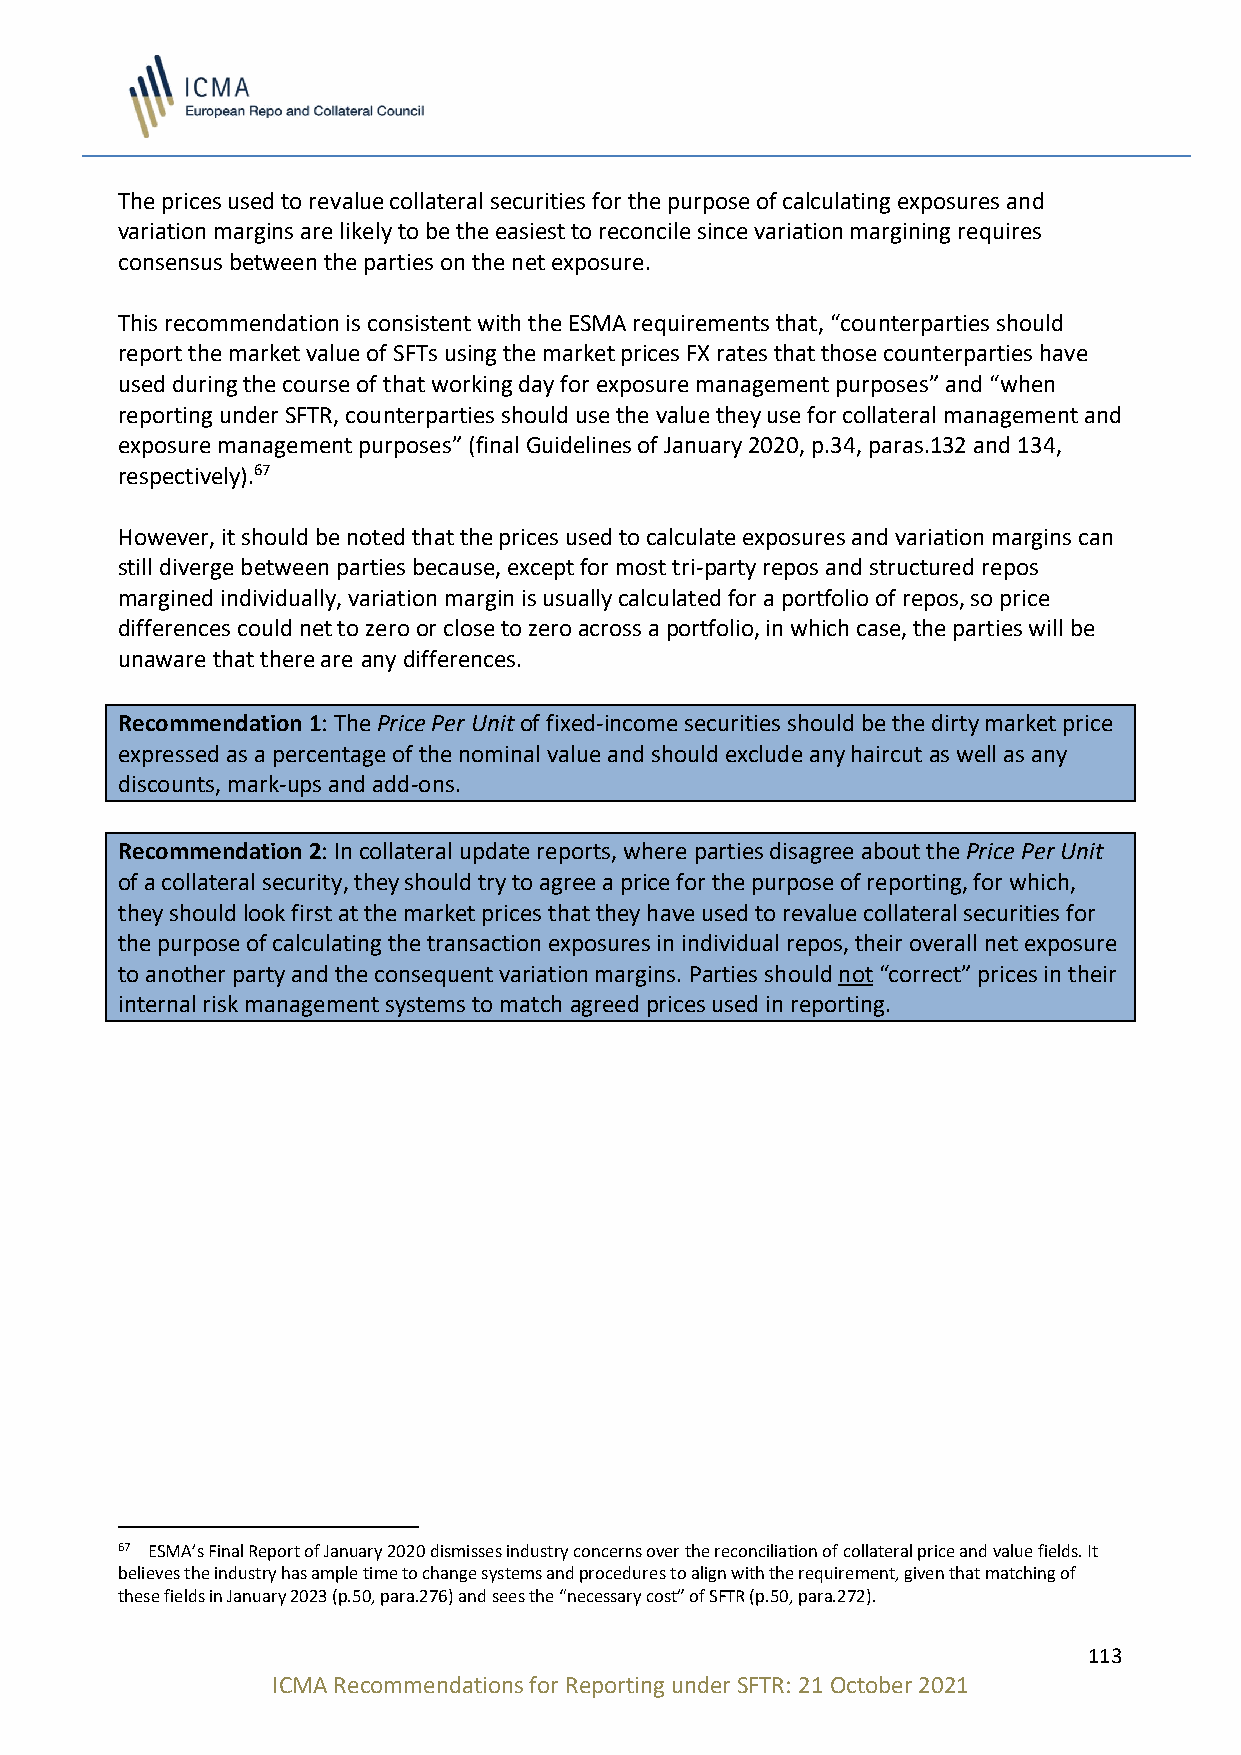
The prices used to revalue collateral securities for the purpose of calculating exposures and
 variation margins are likely to be the easiest to reconcile since variation margining requires
 consensus between the parties on the net exposure.
 This recommendation is consistent with the ESMA requirements that, “counterparties should
 report the market value of SFTs using the market prices FX rates that those counterparties have
 used during the course of that working day for exposure management purposes” and “when
 reporting under SFTR, counterparties should use the value they use for collateral management and
 exposure management purposes” (final Guidelines of January 2020, p.34, paras.132 and 134,
 respectively).67
 However, it should be noted that the prices used to calculate exposures and variation margins can
 still diverge between parties because, except for most tri-party repos and structured repos
 margined individually, variation margin is usually calculated for a portfolio of repos, so price
 differences could net to zero or close to zero across a portfolio, in which case, the parties will be
 unaware that there are any differences.
 Recommendation 1: The Price Per Unit of fixed-income securities should be the dirty market price
 expressed as a percentage of the nominal value and should exclude any haircut as well as any
 discounts, mark-ups and add-ons.
 Recommendation 2: In collateral update reports, where parties disagree about the Price Per Unit
 of a collateral security, they should try to agree a price for the purpose of reporting, for which,
 they should look first at the market prices that they have used to revalue collateral securities for
 the purpose of calculating the transaction exposures in individual repos, their overall net exposure
 to another party and the consequent variation margins. Parties should not “correct” prices in their
 internal risk management systems to match agreed prices used in reporting.
 67 ESMA’s Final Report of January 2020 dismisses industry concerns over the reconciliation of collateral price and value fields. It
 believes the industry has ample time to change systems and procedures to align with the requirement, given that matching of
 these fields in January 2023 (p.50, para.276) and sees the “necessary cost” of SFTR (p.50, para.272).
 113
 ICMA Recommendations for Reporting under SFTR: 21 October 2021